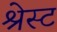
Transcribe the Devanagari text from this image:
श्रेस्ट